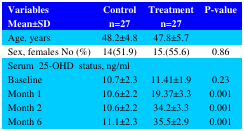
<table><thead><tr><td><b>VariablesMean±SD</b></td><td><b>Controln=27</b></td><td><b>Treatmentn=27</b></td><td><b>P-value</b></td></tr></thead><tbody><tr><td>Age, years</td><td>48.2±4.8</td><td>47.8±5.7</td><td>[EMPTY_CELL]</td></tr><tr><td>Sex, females No (%)</td><td>14(51.9)</td><td>15.(55.6)</td><td>0.86</td></tr><tr><td colspan="3">Serum 25-OHD status, ng/ml</td><td>[EMPTY_CELL]</td></tr><tr><td>Baseline</td><td>10.7±2.3</td><td>11.41±1.9</td><td>0.23</td></tr><tr><td>Month 1</td><td>10.6±2.2</td><td>19.37±3.3</td><td>0.001</td></tr><tr><td>Month 2</td><td>10.6±2.2</td><td>34.2±3.3</td><td>0.001</td></tr><tr><td>Month 6</td><td>11.1±2.3</td><td>35.5±2.9</td><td>0.001</td></tr></tbody></table>